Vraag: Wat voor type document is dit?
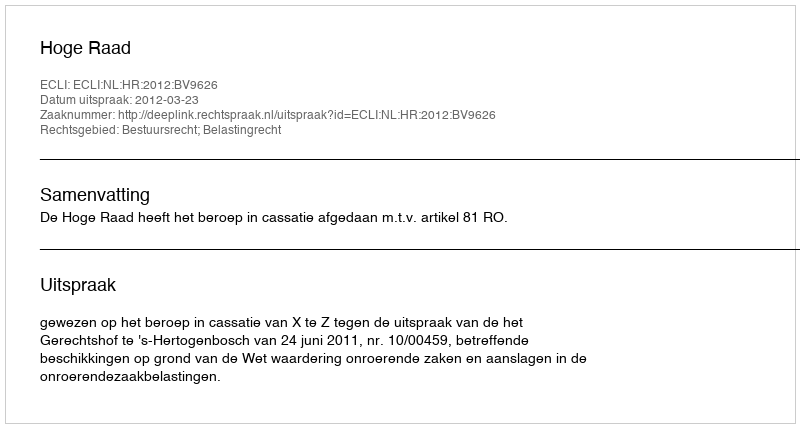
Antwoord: Uitspraak